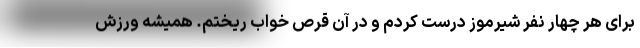
برای هر چهار نفر شیرموز درست کردم و در آن قرص خواب ریختم. همیشه ورزش